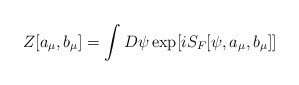
\begin{align*}Z[a_{\mu},b_{\mu}]=\int D \psi \exp [i S_{F}[\psi ,a_{\mu},b_{\mu}]]\end{align*}